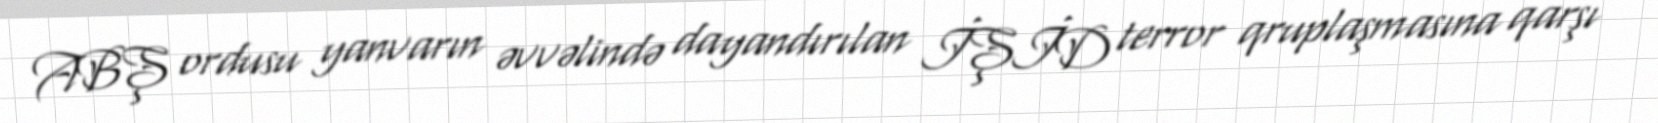
ABŞ ordusu yanvarın əvvəlində dayandırılan İŞİD terror qruplaşmasına qarşı